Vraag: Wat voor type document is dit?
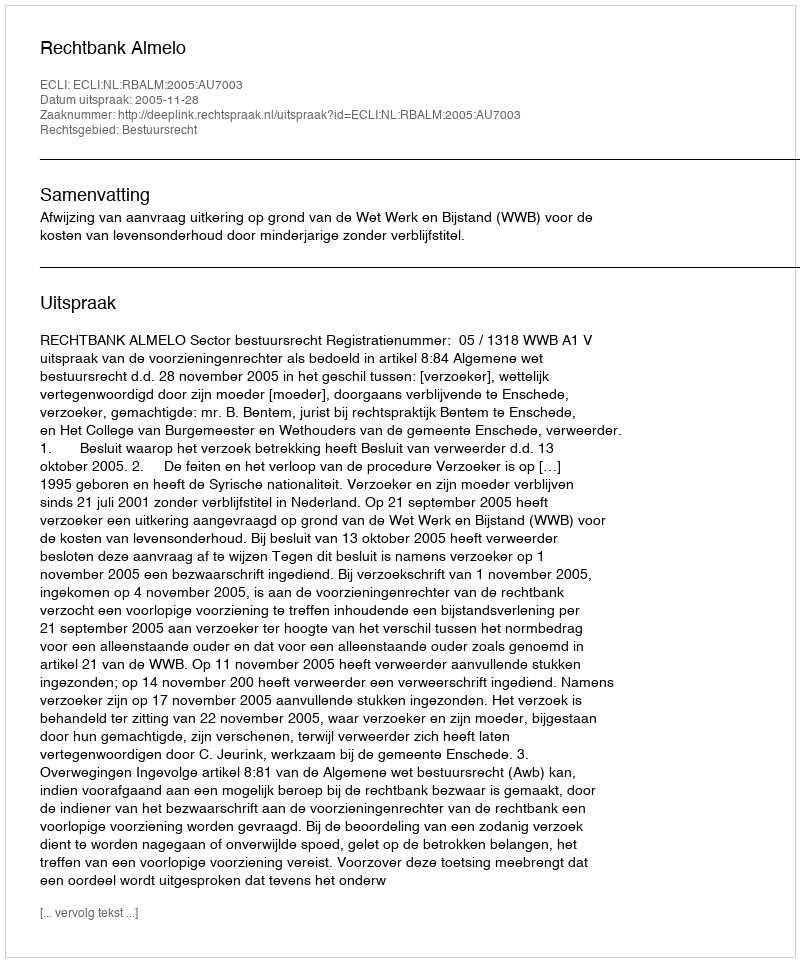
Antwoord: Uitspraak